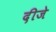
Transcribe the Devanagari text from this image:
दीजे